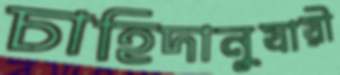
চাহিদানুযায়ী